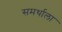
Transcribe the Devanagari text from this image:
समर्थाला